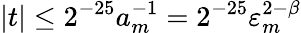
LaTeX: |t|\leq 2^{-25}a_{m}^{-1}=2^{-25}\varepsilon_{m}^{2-\beta}